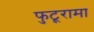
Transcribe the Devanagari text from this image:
फुटूरामा